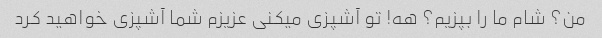
من؟ شام ما را بپزیم؟ هه! تو آشپزی میکنی عزیزم شما آشپزی خواهید کرد